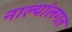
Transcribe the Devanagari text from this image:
नाल्यांलगत